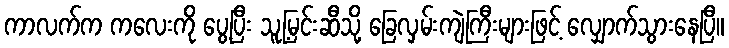
ကာလက်က ကလေးကို ပွေ့ပြီး သူ့မြင်းဆီသို့ ခြေလှမ်းကျဲကြီးများဖြင့် လျှောက်သွားနေပြီ။